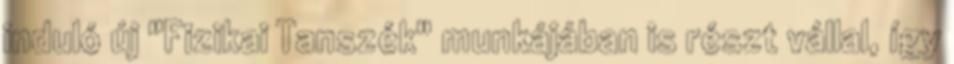
induló új "Fizikai Tanszék" munkájában is részt vállal, így